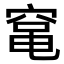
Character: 𮄅